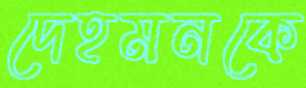
দেহমনকে